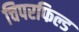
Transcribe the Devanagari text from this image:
चिपरफिल्ड